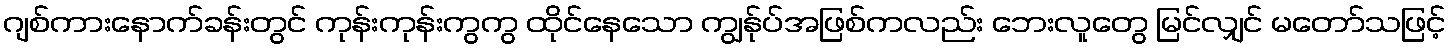
ဂျစ်ကားနောက်ခန်းတွင် ကုန်းကုန်းကွကွ ထိုင်နေသော ကျွန်ုပ်အဖြစ်ကလည်း ဘေးလူတွေ မြင်လျှင် မတော်သဖြင့်